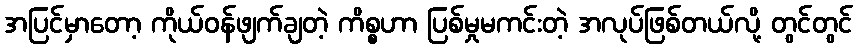
အပြင်မှာတော့ ကိုယ်ဝန်ဖျက်ချတဲ့ ကိစ္စဟာ ပြစ်မှုမကင်းတဲ့ အလုပ်ဖြစ်တယ်လို့ တွင်တွင်